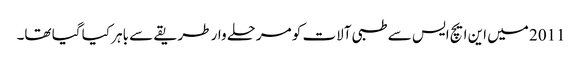
2011 میں این ایچ ایس سے طبی آلات کو مرحلے وار طریقے سے باہر کیا گیا تھا۔